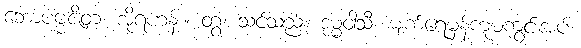
ဘောပဗ္ဗဇိတ၊ အိုရဟန်း။ တွံ၊ သင်သည်။ ဒုမ္မဝါသီ၊ မျက်ရေမှန်ကူမကွင်းအပ်၊